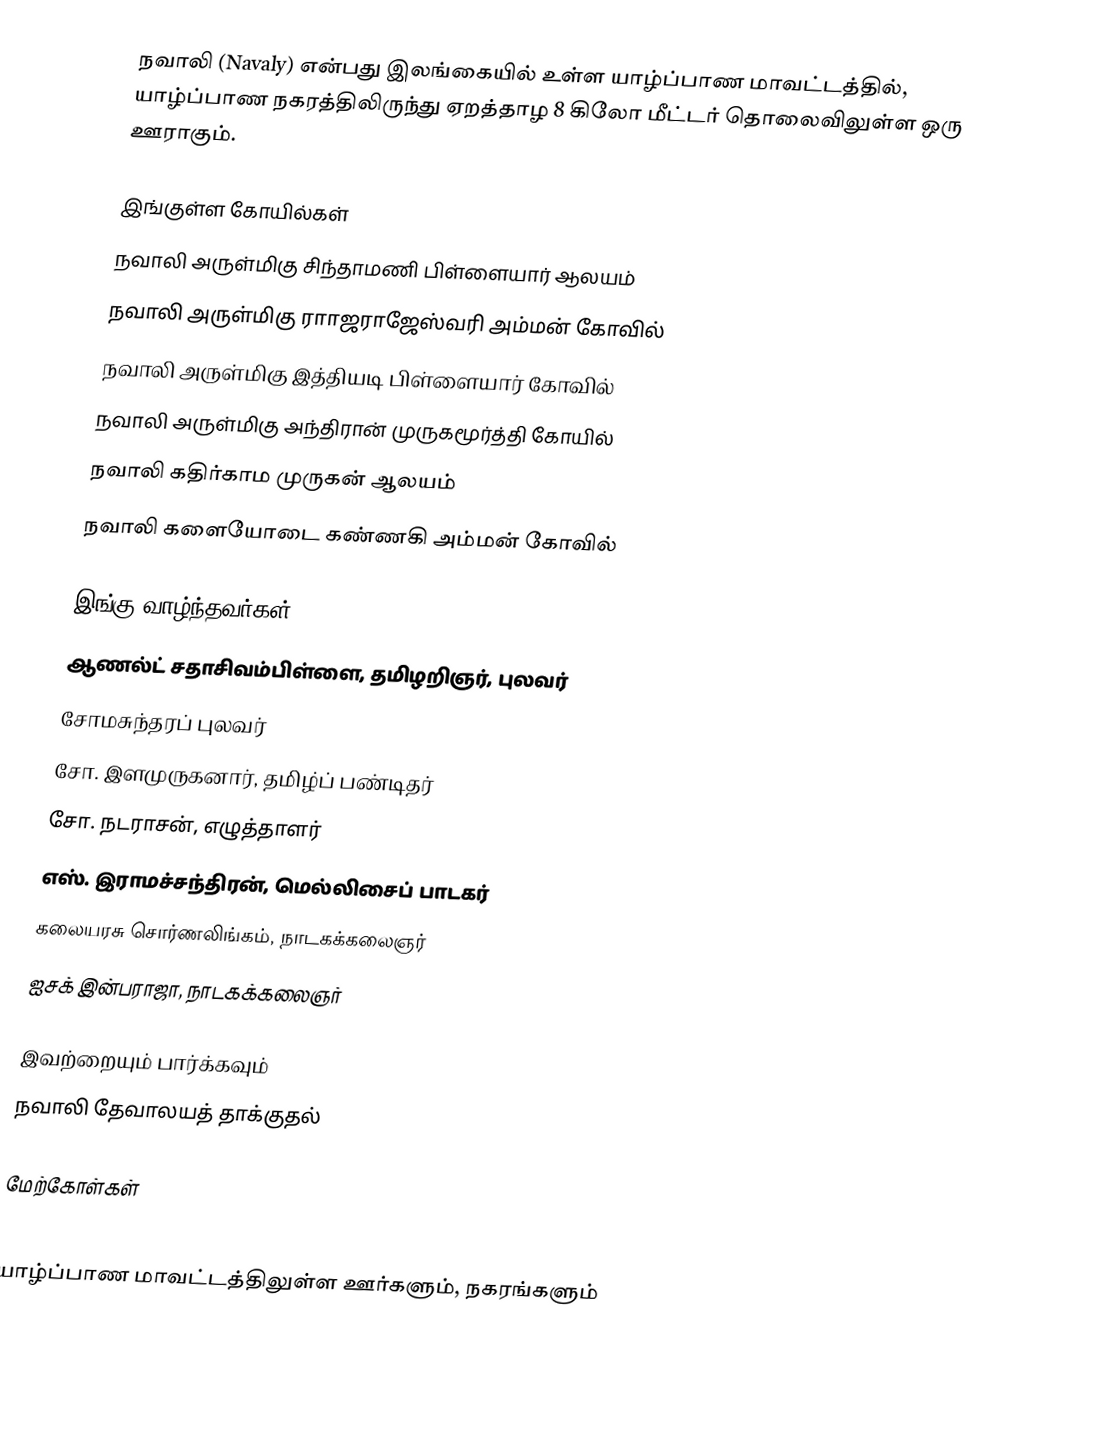
நவாலி (Navaly) என்பது இலங்கையில் உள்ள யாழ்ப்பாண மாவட்டத்தில், யாழ்ப்பாண நகரத்திலிருந்து ஏறத்தாழ 8 கிலோ மீட்டர் தொலைவிலுள்ள ஒரு ஊராகும்.

இங்குள்ள கோயில்கள்
நவாலி அருள்மிகு சிந்தாமணி பிள்ளையார் ஆலயம்
நவாலி அருள்மிகு ராாஜராஜேஸ்வரி அம்மன் கோவில்
நவாலி அருள்மிகு இத்தியடி பிள்ளையார் கோவில்
நவாலி அருள்மிகு அந்திரான் முருகமூர்த்தி கோயில்
 நவாலி கதிர்காம முருகன் ஆலயம்
 நவாலி களையோடை கண்ணகி அம்மன் கோவில்

இங்கு வாழ்ந்தவர்கள்
 ஆணல்ட் சதாசிவம்பிள்ளை, தமிழறிஞர், புலவர்
 சோமசுந்தரப் புலவர்
 சோ. இளமுருகனார், தமிழ்ப் பண்டிதர்
 சோ. நடராசன், எழுத்தாளர்
 எஸ். இராமச்சந்திரன், மெல்லிசைப் பாடகர்
 கலையரசு சொர்ணலிங்கம், நாடகக்கலைஞர்
ஐசக் இன்பராஜா, நாடகக்கலைஞர்

இவற்றையும் பார்க்கவும்
 நவாலி தேவாலயத் தாக்குதல்

மேற்கோள்கள்

யாழ்ப்பாண மாவட்டத்திலுள்ள ஊர்களும், நகரங்களும்